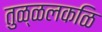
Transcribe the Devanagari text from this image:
तुळ्ळलकळि